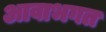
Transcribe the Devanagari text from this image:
आवाभगत